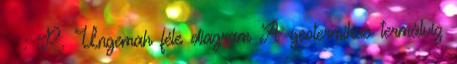
: P. Ungemah féle diagram A geotermikus termálvíz